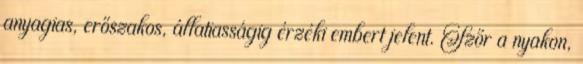
anyagias, erőszakos, állatiasságig érzéki embert jelent. Szőr a nyakon,